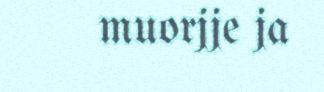
muorjje ja